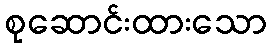
စုဆောင်းထားသော